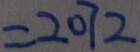
= 2 0 7 2